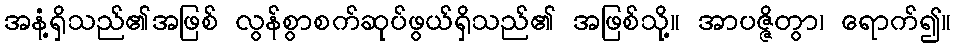
အနံ့ရှိသည်၏အဖြစ် လွန်စွာစက်ဆုပ်ဖွယ်ရှိသည်၏ အဖြစ်သို့။ အာပဇ္ဇိတွာ၊ ရောက်၍။